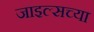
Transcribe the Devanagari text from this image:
जाइल्सच्या